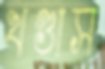
খণ্ডাস